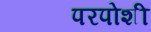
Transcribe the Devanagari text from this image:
परपोशी